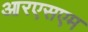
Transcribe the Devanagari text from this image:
आरएसएम